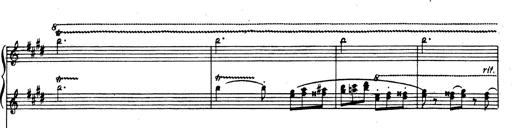
Title: Rhapsodie espagnole
Composer: Franz Liszt